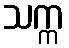
သက္က